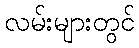
လမ်းများတွင်